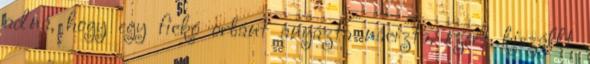
adná, hogy egy fickó orbánt anyázta nácizta, ezért kiszállt